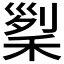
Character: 𥟜